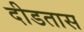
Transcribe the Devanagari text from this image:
दीडतास